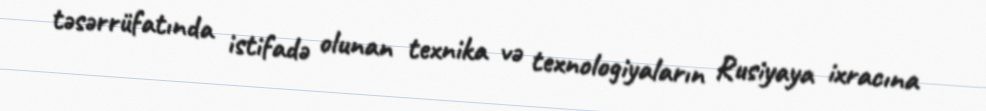
təsərrüfatında istifadə olunan texnika və texnologiyaların Rusiyaya ixracına